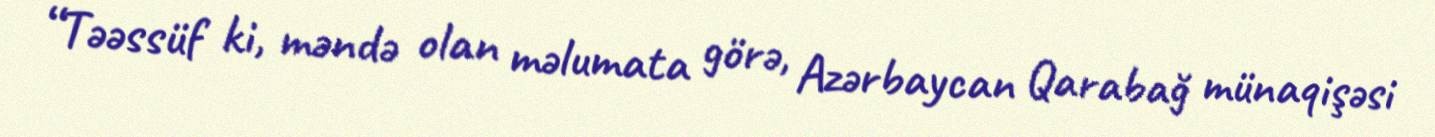
“Təəssüf ki, məndə olan məlumata görə, Azərbaycan Qarabağ münaqişəsi